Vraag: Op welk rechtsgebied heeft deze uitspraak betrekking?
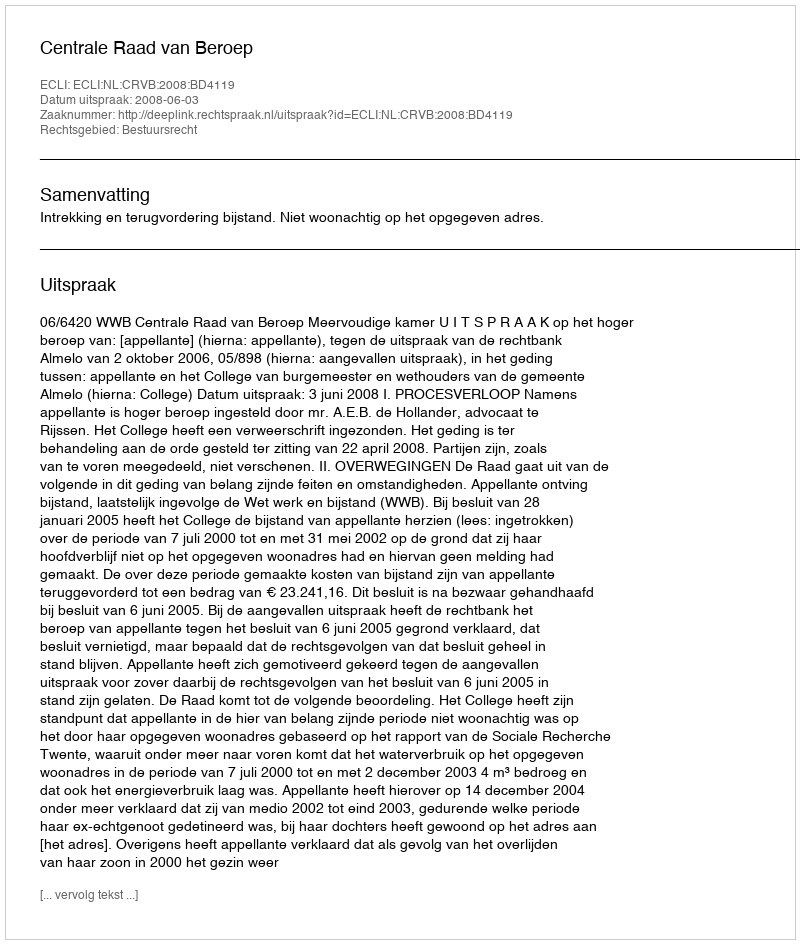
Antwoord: Bestuursrecht